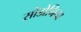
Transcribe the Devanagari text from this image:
सोडोनिया